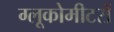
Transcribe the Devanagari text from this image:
ग्लूकोमीटरों